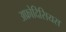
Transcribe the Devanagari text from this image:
अफ्रोदिसियस